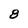
Character: 8